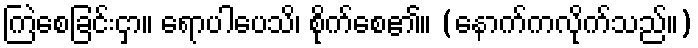
ကြဲစေခြင်းငှာ။ ရောပါပေသိ၊ စိုက်စေ၏။ (နောက်ကလိုက်သည်။)